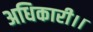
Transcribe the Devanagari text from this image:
अधिकारी।।